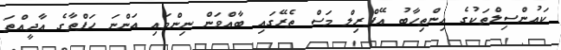
ކައުންސިލްތަކުގެ އިންތިހާބު އޭޕްރިލް މަސް ތެރޭގައި ބާއްވަން ނިންމައި އަންނަ ހަފްތާގެ އާދީއްތަ